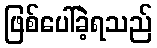
ဖြစ်ပေါ်ခဲ့ရသည်